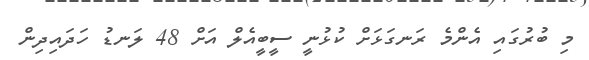
މި ބުރުގައި އެންމެ ރަނގަޅަށް ކުޅުނީ ސީބީއެލް އަށް 48 ލަނޑު ހަދައިދިން